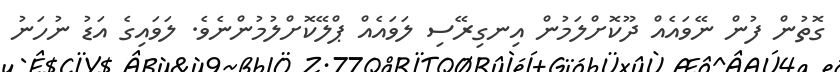
ގޮތުން ފުން ނޭވައެއް ދޫކޮށްލަމުން އިނގިރޭސި ލަވައެއް ޕްލޭކޮށްލުމުންނެވެ. ލަވައިގެ އަޑު ނުހަނު